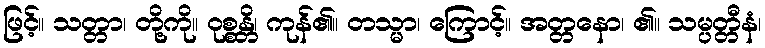
ဖြင့်။ သတ္တာ၊ တို့ကို။ ဝုစ္စန္တိ၊ ကုန်၏။ တသ္မာ၊ ကြောင့်။ အတ္တနော၊ ၏။ သမ္ပတ္တီနံ၊